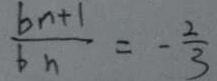
\frac { b n + 1 } { b _ { n } } = - \frac { 2 } { 3 }